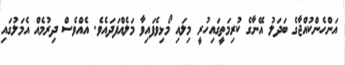
އަންހެންކުއްޖާގެ ބަދަލު އޭނާގެ ކުރިމަތީގައިހުރީ މިލައި މޯޅިވެފައިވާ މަލެއްފަދައެވެ. އެއްވެސް ދިރުމެއް އެމަލުގައި